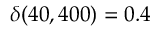
\delta ( 4 0 , 4 0 0 ) = 0 . 4 \